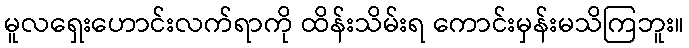
မူလရှေးဟောင်းလက်ရာကို ထိန်းသိမ်းရ ကောင်းမှန်းမသိကြဘူး။